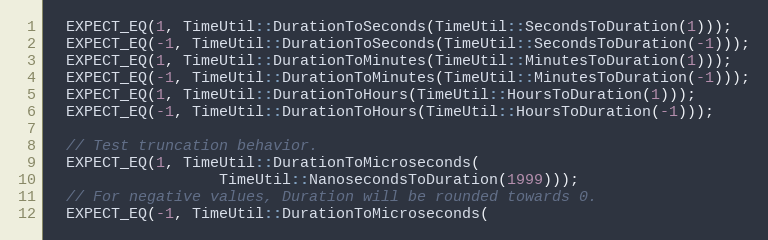
Language: C++
  EXPECT_EQ(1, TimeUtil::DurationToSeconds(TimeUtil::SecondsToDuration(1)));
  EXPECT_EQ(-1, TimeUtil::DurationToSeconds(TimeUtil::SecondsToDuration(-1)));
  EXPECT_EQ(1, TimeUtil::DurationToMinutes(TimeUtil::MinutesToDuration(1)));
  EXPECT_EQ(-1, TimeUtil::DurationToMinutes(TimeUtil::MinutesToDuration(-1)));
  EXPECT_EQ(1, TimeUtil::DurationToHours(TimeUtil::HoursToDuration(1)));
  EXPECT_EQ(-1, TimeUtil::DurationToHours(TimeUtil::HoursToDuration(-1)));

  // Test truncation behavior.
  EXPECT_EQ(1, TimeUtil::DurationToMicroseconds(
                   TimeUtil::NanosecondsToDuration(1999)));
  // For negative values, Duration will be rounded towards 0.
  EXPECT_EQ(-1, TimeUtil::DurationToMicroseconds(